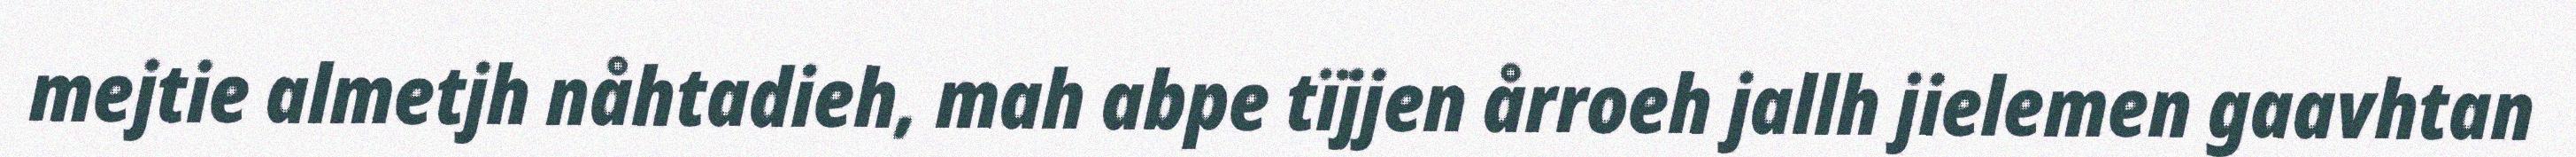
mejtie almetjh nåhtadieh, mah abpe tïjjen årroeh jallh jielemen gaavhtan